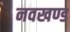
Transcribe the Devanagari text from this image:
नवखण्ड